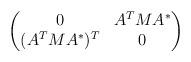
LaTeX: \begin{align*} \begin{pmatrix} 0 & A^TMA^*\\ (A^TMA^*)^T & 0\end{pmatrix} \end{align*}